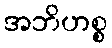
အဘိဟစ္စ